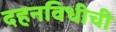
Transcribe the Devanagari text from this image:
दहनविधीची